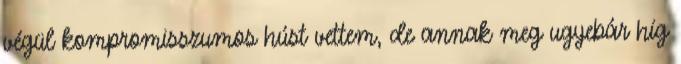
végül kompromisszumos húst vettem, de annak meg ugyebár híg